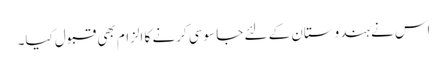
اس نے ہندوستان کے لئے جا سوسی کرنے کا الزام بھی قبول کیا۔